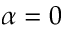
\alpha = 0